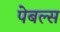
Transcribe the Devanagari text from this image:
पेबल्स